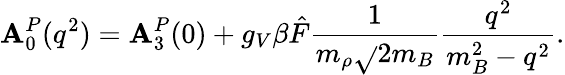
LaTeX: \mathbf{A}_{0}^{P}(q^{2})=\mathbf{A}_{3}^{P}(0)+g_{V}\beta{\hat{{F}}}\frac{{1}}{{m_{\rho}\sqrt{}{{2m_{B}}}}}\frac{{q^{2}}}{{m_{B}^{2}-q^{2}}}.